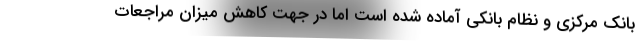
بانک مرکزی و نظام بانکی آماده شده است اما در جهت کاهش میزان مراجعات